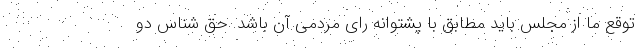
توقع ما از مجلس باید مطابق با پشتوانه رای مردمی آن باشد. حق شناس دو